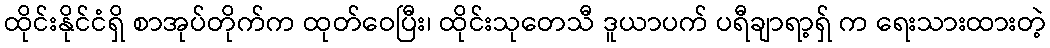
ထိုင်းနိုင်ငံရှိ စာအုပ်တိုက်က ထုတ်ဝေပြီး၊ ထိုင်းသုတေသီ ဒူယာပက် ပရီချာရာ့ရှ် က ရေးသားထားတဲ့